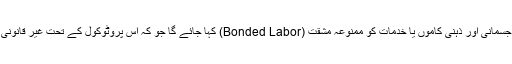
ان تمام اقسام کے جسمانی اور ذہنی کاموں یا خدمات کو ممنوعہ مشقت (Bonded Labor) کہا جائے گا جو کہ اس پروٹوکول کے تحت غیر قانونی اور قابل سزا ہے۔